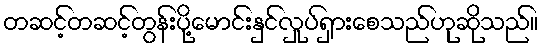
တဆင့်တဆင့်တွန်းပို့မောင်းနှင်လှုပ်ရှားစေသည်ဟုဆိုသည်။